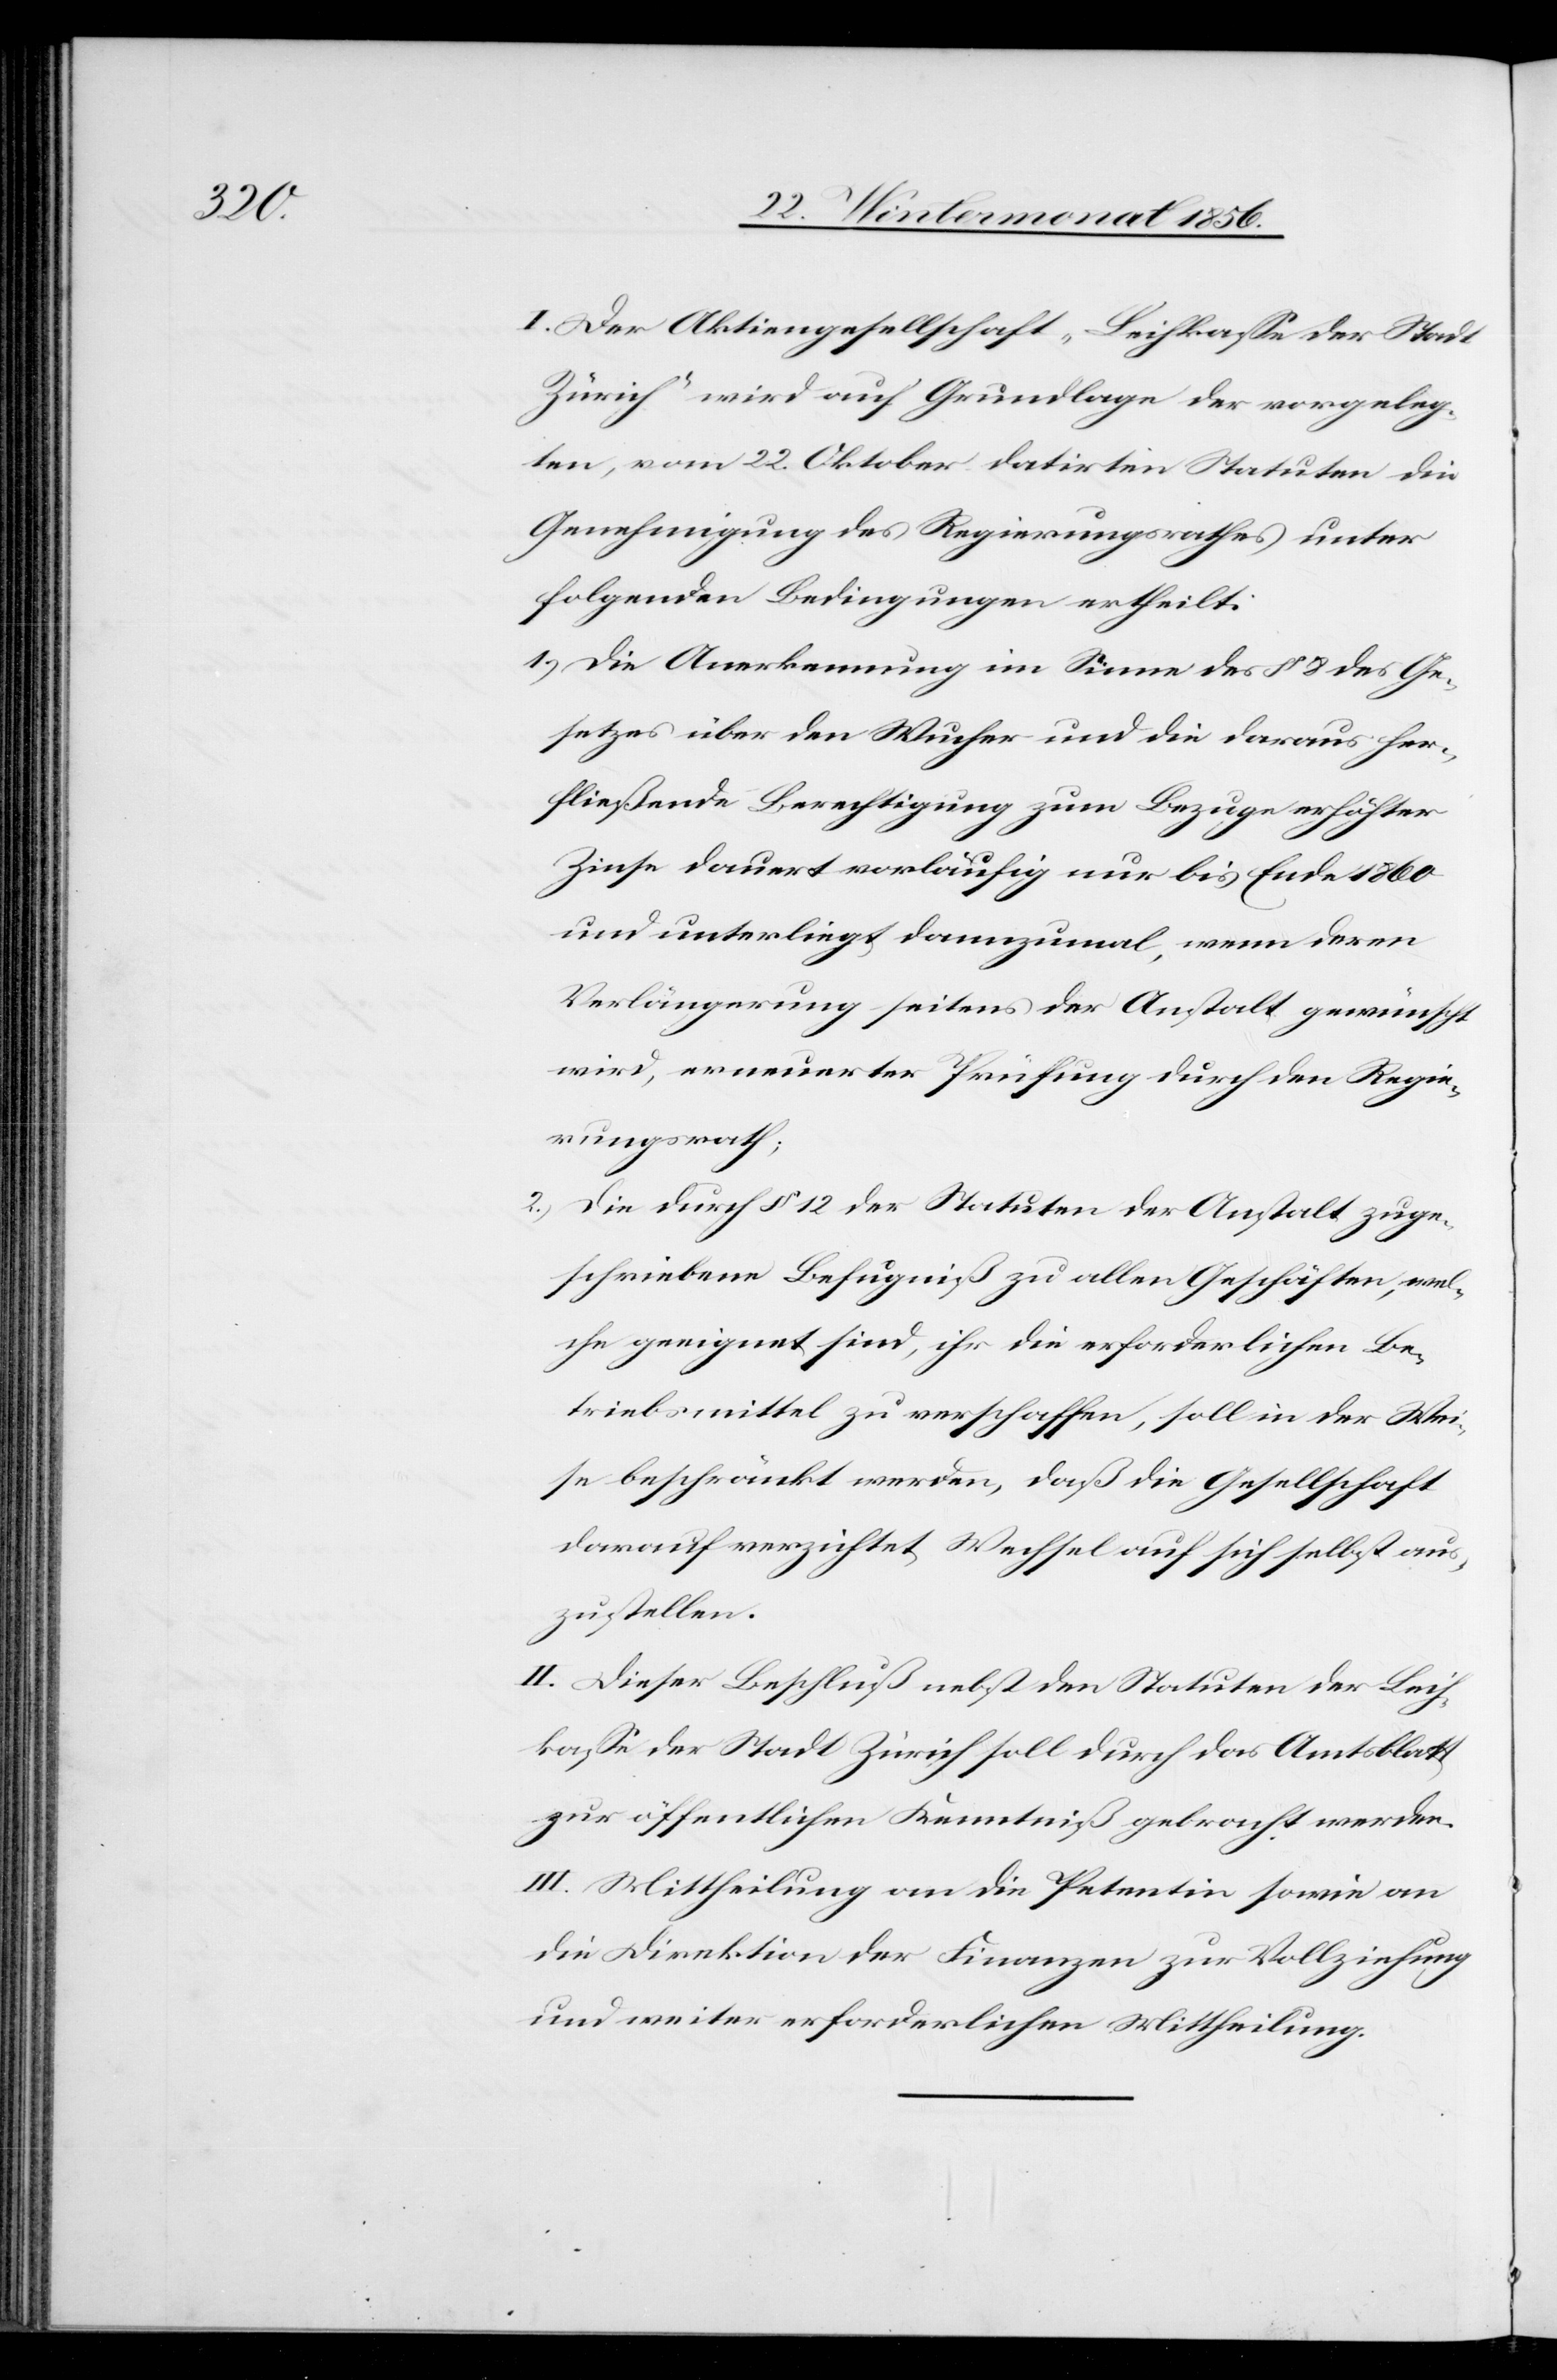
I. Der Aktiengesellschaft „Leihkasse der Stadt
Zürich“ wird auf Grundlage der vorgeleg¬
ten, vom 22. Oktober datirten Statuten die
Genehmigung des Regierungsrathes unter
folgenden Bedingungen ertheilt:
1.) Die Anerkennung im Sinne des § 8 des Ge¬
setzes über den Wucher und die daraus her¬
fließende Berechtigung zum Bezuge erhöhter
Zinse dauert vorläufig nur bis Ende 1860
und unterliegt dannzumal, wenn deren
Verlängerung seitens der Anstalt gewünscht
wird, erneuerter Prüfung durch den Regie¬
rungsrath;
2.) Die durch § 12 der Statuten der Anstalt zuge¬
schriebenen Befugniß zu allen Geschäften, wel¬
che geeignet sind, ihr die erforderlichen Be¬
triebsmittel zu verschaffen, soll in der Wei¬
se beschränkt werden, daß die Gesellschaft
darauf verzichtet Wechsel auf sich selbst aus¬
zustellen.
II. Dieser Beschluß nebst den Statuten der Leih¬
kasse der Stadt Zürich soll durch das Amtsblatt
zur öffentlichen Kenntniß gebracht werden.
III. Mittheilung an die Petentin sowie an
die Direktion der Finanzen zur Vollziehung
und weiter erforderlichen Mittheilung.